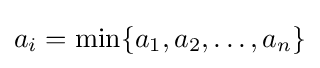
a_{i}=\min\{a_{1},a_{2},\ldots ,a_{n}\}